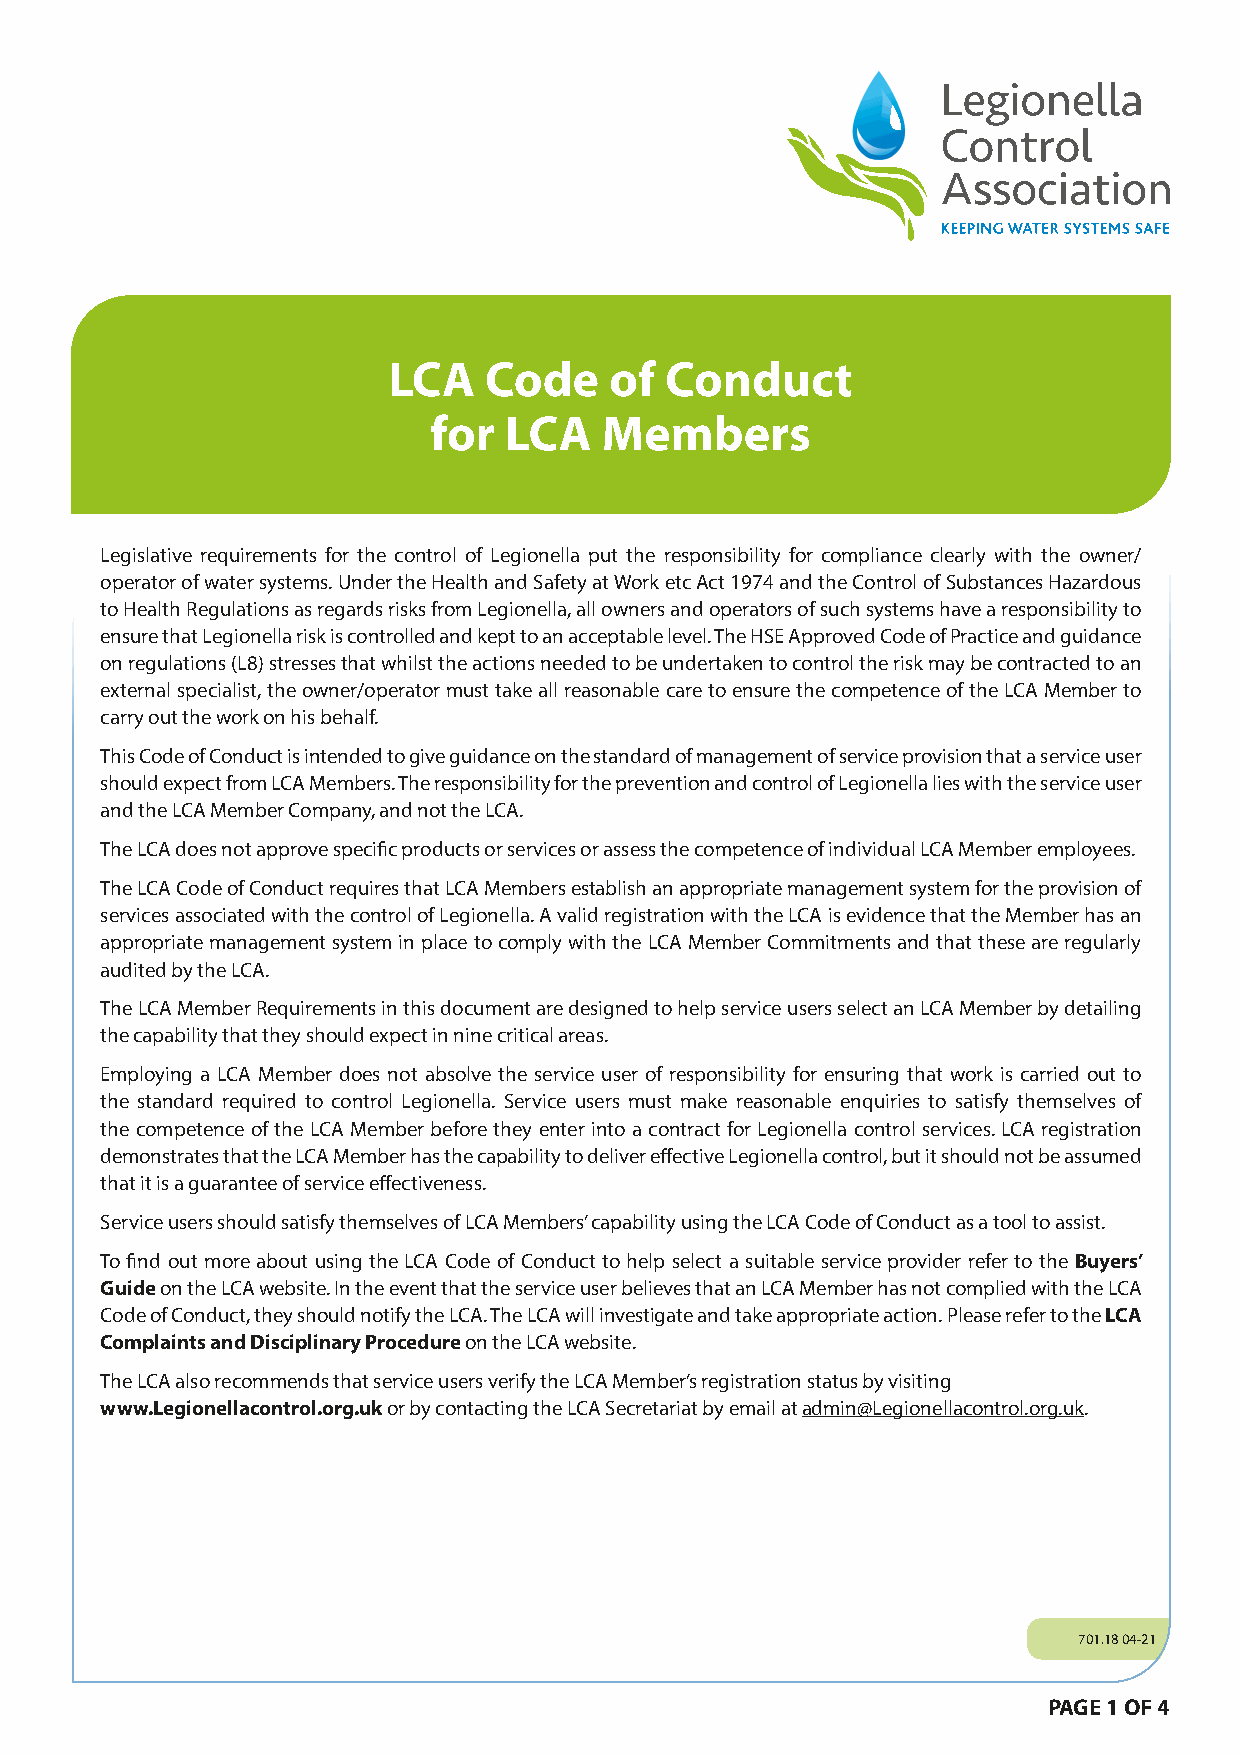
LCA   Code    of  Conduct
 for  LCA    Members
 Legislative requirements for the control of Legionella put the responsibility for compliance clearly with the owner/
 operator of water systems. Under the Health and Safety at Work etc Act 1974 and the Control of Substances Hazardous
 to Health Regulations as regards risks from Legionella, all owners and operators of such systems have a responsibility to
 ensure that Legionella risk is controlled and kept to an acceptable level. The HSE Approved Code of Practice and guidance
 on regulations (L8) stresses that whilst the actions needed to be undertaken to control the risk may be contracted to an
 external specialist, the owner/operator must take all reasonable care to ensure the competence of the LCA Member to
 carry out the work on his behalf.
 This Code of Conduct is intended to give guidance on the standard of management of service provision that a service user
 should expect from LCA Members. The responsibility for the prevention and control of Legionella lies with the service user
 and the LCA Member Company, and not the LCA.
 The LCA does not approve specific products or services or assess the competence of individual LCA Member employees.
 The LCA Code of Conduct requires that LCA Members establish an appropriate management system for the provision of
 services associated with the control of Legionella. A valid registration with the LCA is evidence that the Member has an
 appropriate management system in place to comply with the LCA Member Commitments and that these are regularly
 audited by the LCA.
 The LCA Member Requirements in this document are designed to help service users select an LCA Member by detailing
 the capability that they should expect in nine critical areas.
 Employing a LCA Member does not absolve the service user of responsibility for ensuring that work is carried out to
 the standard required to control Legionella. Service users must make reasonable enquiries to satisfy themselves of
 the competence of the LCA Member before they enter into a contract for Legionella control services. LCA registration
 demonstrates that the LCA Member has the capability to deliver effective Legionella control, but it should not be assumed
 that it is a guarantee of service effectiveness.
 Service users should satisfy themselves of LCA Members’ capability using the LCA Code of Conduct as a tool to assist.
 To find out more about using the LCA Code of Conduct to help select a suitable service provider refer to the Buyers’
 Guide on the LCA website. In the event that the service user believes that an LCA Member has not complied with the LCA
 Code of Conduct, they should notify the LCA. The LCA will investigate and take appropriate action. Please refer to the LCA
 Complaints and Disciplinary Procedure on the LCA website.
 The LCA also recommends that service users verify the LCA Member’s registration status by visiting
 www.Legionellacontrol.org.uk or by contacting the LCA Secretariat by email at admin@Legionellacontrol.org.uk.
 701.18 04-21
 PAGE 1 OF 4